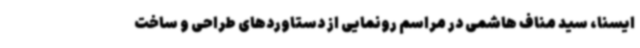
ایسنا، سید مناف هاشمی در مراسم رونمایی از دستاوردهای طراحی و ساخت